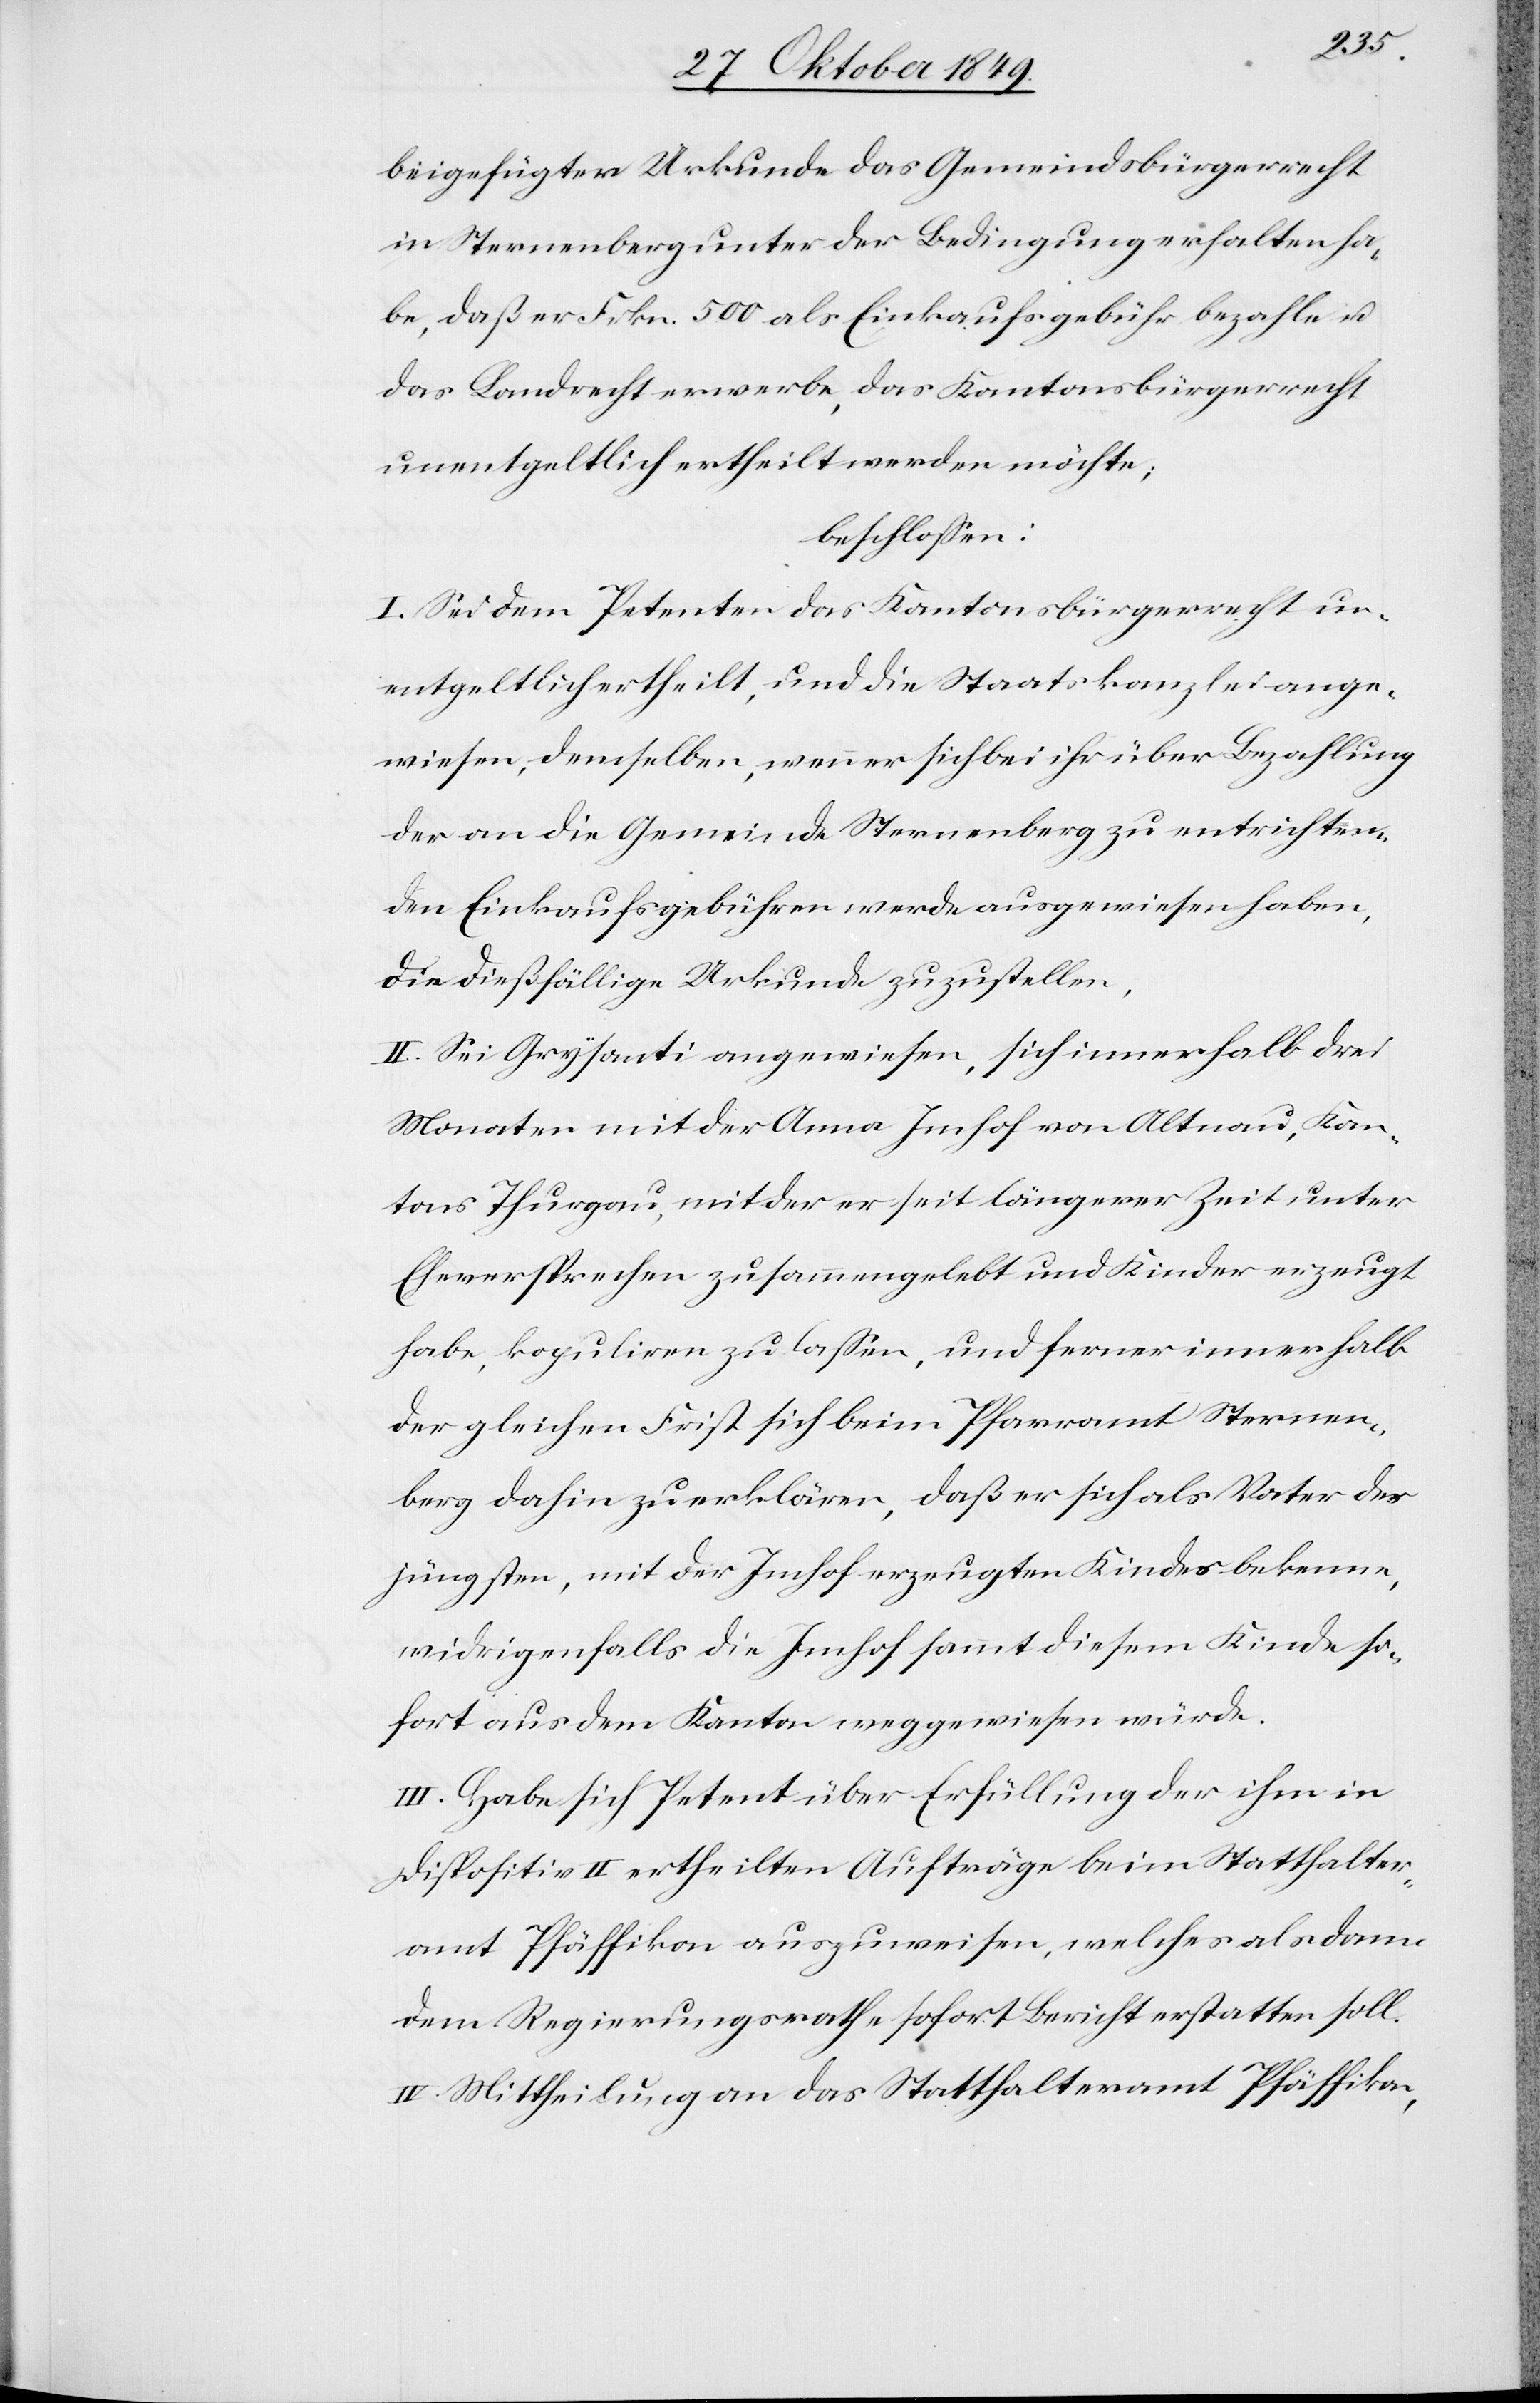
beigefügter Urkunde das Gemeindsbürgerrecht
in Sternenberg unter der Bedingung erhalten ha¬
be, daß er Frkn. 500 als Einkaufsgebühr bezahle u.
das Landrecht erwerbe, das Kantonsbürgerrecht
unentgeldlich ertheilt werden möchte;
beschloßen:
I. Sei dem Petenten das Kantonsbürgerrecht un¬
entgeldlich ertheilt, und die Staatskanzlei ange¬
wiesen, demselben, wenn er sich bei ihr über Bezahlung
der an die Gemeinde Sternenberg zu entrichten¬
den Einkaufsgebühren werde ausgewiesen haben,
die dießfällige Urkunde zuzustellen,
II. Sei Grysanti angewiesen, sich innerhalb drei
Monaten mit der Anna Imhof von Altnau, Kan¬
tons Thurgau, mit der er seit längerer Zieit unter
Eheversprechen zusammenlebt und Kinder erzeugt
habe, kopuliren zu laßen, und ferner innerhalb
der gleichen Frist sich beim Pfarramte Sternen¬
berg dahin zu erklären, daß er sich als Vater des
jüngsten, mit der Imhof erzeugten Kindes bekenne,
widrigenfalls die Imhof sammt diesem Kinde so¬
fort aus dem Kanton weggewiesen würde.
III. Habe sich Petent über Erfüllung der ihm in
Dispositiv II ertheilten Aufträge beim Statthalter¬
amt Pfäffikon auszuweisen, welches alsdann
dem Regierungsrathe sofort Bericht erstatten soll.
IV. Mittheilung an das Statthalteramt Pfäffikon,